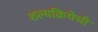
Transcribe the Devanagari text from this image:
शल्यक्रियेची